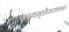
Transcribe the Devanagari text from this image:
कलशद्वयामृतसैराप्लावयन्तं